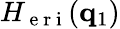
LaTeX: H_{\mathrm{~e~r~i~}}(\mathbf{q}_{1})